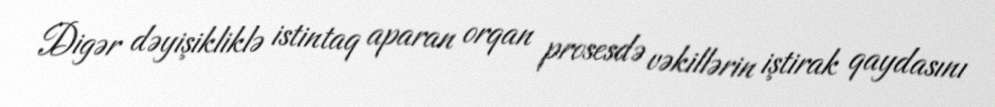
Digər dəyişikliklə istintaq aparan orqan prosesdə vəkillərin iştirak qaydasını